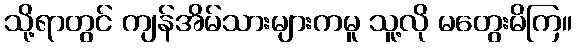
သို့ရာတွင် ကျန်အိမ်သားများကမူ သူ့လို မတွေးမိကြ။